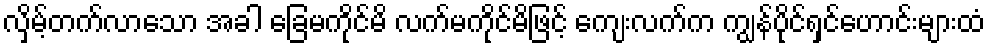
လှိမ့်တက်လာသော အခါ ခြေမကိုင်မိ လက်မကိုင်မိဖြင့် ကျေးလက်က ကျွန်ပိုင်ရှင်ဟောင်းများထံ